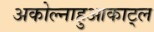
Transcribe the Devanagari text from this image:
अकोल्नाहुआकाट्ल